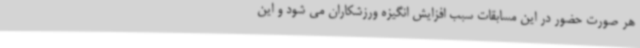
هر صورت حضور در این مسابقات سبب افزایش انگیزه ورزشکاران می شود و این